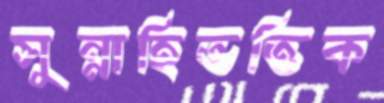
সুন্নাহিভত্তিক